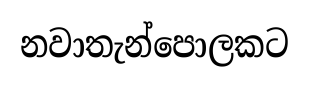
නවාතැන්පොලකට